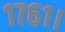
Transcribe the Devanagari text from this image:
१७६१।